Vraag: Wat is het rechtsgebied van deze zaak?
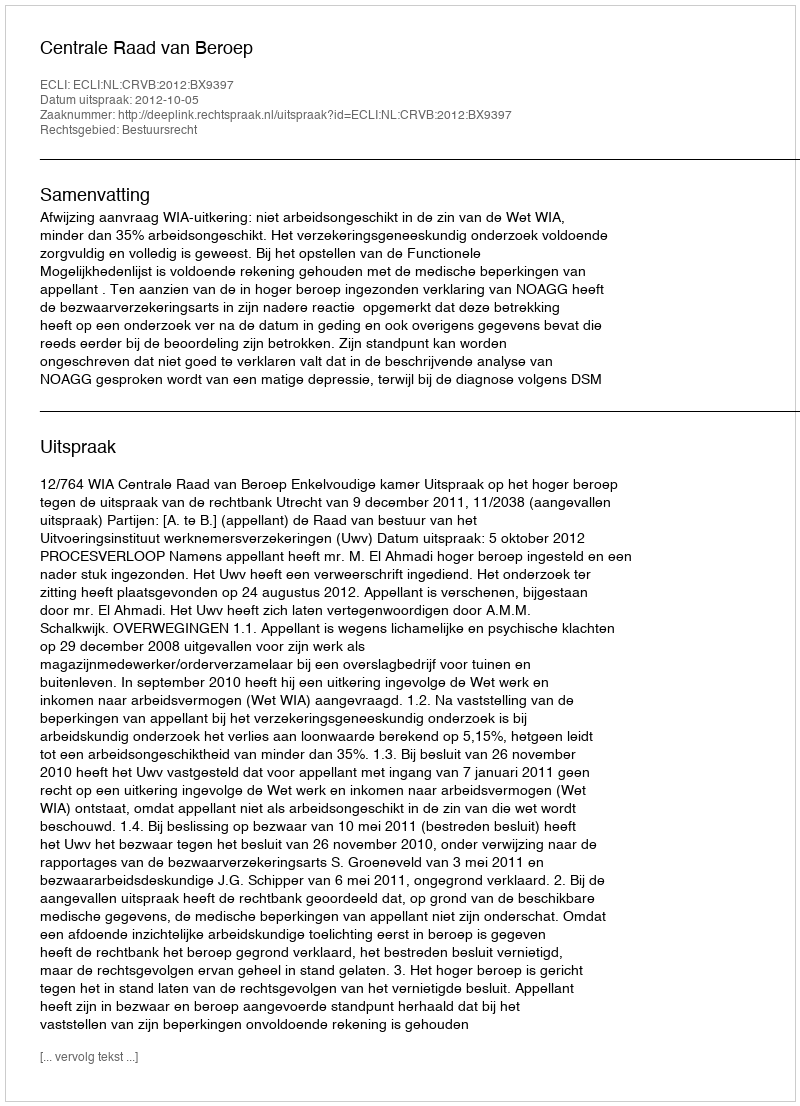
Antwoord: Bestuursrecht